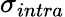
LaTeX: \sigma_{intra}